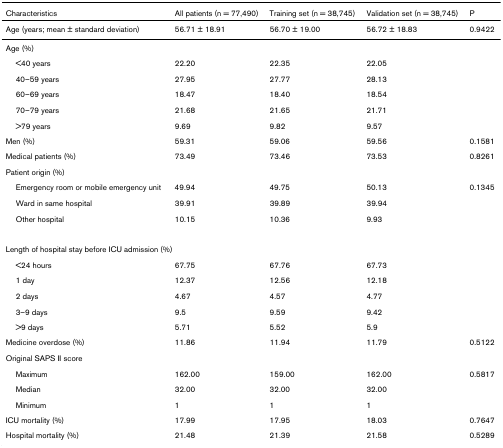
<table><thead><tr><td><b>Characteristics</b></td><td><b>All patients (n = 77,490)</b></td><td><b>Training set (n = 38,745)</b></td><td><b>Validation set (n = 38,745)</b></td><td><b>P</b></td></tr></thead><tbody><tr><td>Age (years; mean ± standard deviation)</td><td>56.71 ± 18.91</td><td>56.70 ± 19.00</td><td>56.72 ± 18.83</td><td>0.9422</td></tr><tr><td colspan="5">Age (%)</td></tr><tr><td> &lt;40 years</td><td>22.20</td><td>22.35</td><td>22.05</td><td></td></tr><tr><td> 40–59 years</td><td>27.95</td><td>27.77</td><td>28.13</td><td></td></tr><tr><td> 60–69 years</td><td>18.47</td><td>18.40</td><td>18.54</td><td></td></tr><tr><td> 70–79 years</td><td>21.68</td><td>21.65</td><td>21.71</td><td></td></tr><tr><td> &gt;79 years</td><td>9.69</td><td>9.82</td><td>9.57</td><td></td></tr><tr><td>Men (%)</td><td>59.31</td><td>59.06</td><td>59.56</td><td>0.1581</td></tr><tr><td>Medical patients (%)</td><td>73.49</td><td>73.46</td><td>73.53</td><td>0.8261</td></tr><tr><td>Patient origin (%)</td><td></td><td></td><td></td><td></td></tr><tr><td> Emergency room or mobile emergency unit</td><td>49.94</td><td>49.75</td><td>50.13</td><td>0.1345</td></tr><tr><td> Ward in same hospital</td><td>39.91</td><td>39.89</td><td>39.94</td><td></td></tr><tr><td> Other hospital</td><td>10.15</td><td>10.36</td><td>9.93</td><td></td></tr><tr><td colspan="5">Length of hospital stay before ICU admission (%)</td></tr><tr><td> &lt;24 hours</td><td>67.75</td><td>67.76</td><td>67.73</td><td></td></tr><tr><td> 1 day</td><td>12.37</td><td>12.56</td><td>12.18</td><td></td></tr><tr><td> 2 days</td><td>4.67</td><td>4.57</td><td>4.77</td><td></td></tr><tr><td> 3–9 days</td><td>9.5</td><td>9.59</td><td>9.42</td><td></td></tr><tr><td> &gt;9 days</td><td>5.71</td><td>5.52</td><td>5.9</td><td></td></tr><tr><td>Medicine overdose (%)</td><td>11.86</td><td>11.94</td><td>11.79</td><td>0.5122</td></tr><tr><td>Original SAPS II score</td><td></td><td></td><td></td><td></td></tr><tr><td> Maximum</td><td>162.00</td><td>159.00</td><td>162.00</td><td>0.5817</td></tr><tr><td> Median</td><td>32.00</td><td>32.00</td><td>32.00</td><td></td></tr><tr><td> Minimum</td><td>1</td><td>1</td><td>1</td><td></td></tr><tr><td>ICU mortality (%)</td><td>17.99</td><td>17.95</td><td>18.03</td><td>0.7647</td></tr><tr><td>Hospital mortality (%)</td><td>21.48</td><td>21.39</td><td>21.58</td><td>0.5289</td></tr></tbody></table>